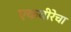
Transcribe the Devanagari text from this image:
एकवीरेचा